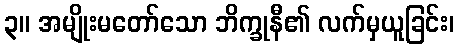
၃။ အမျိုးမတော်သော ဘိက္ခုနီ၏ လက်မှယူခြင်း၊